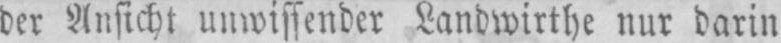
der Ansicht unwissender Landwirthe nur darin